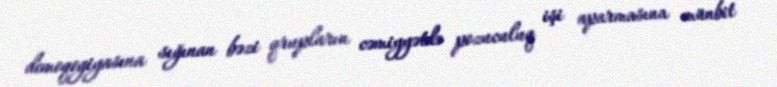
demoqogiyasına sığınan bəzi qrupların cəmiyyətdə pozuculuq işi aparmasına münbit